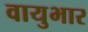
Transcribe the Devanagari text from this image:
वायुभार